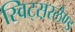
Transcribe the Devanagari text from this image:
स्विट्स़रलैण्ड